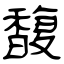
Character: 馥